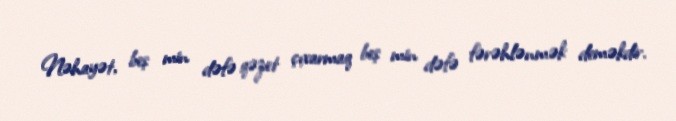
Nəhayət, beş min dəfə qəzet çıxarmaq beş min dəfə fərəhlənmək deməkdir.